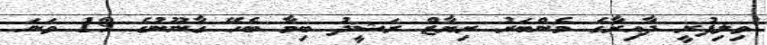
ވިލިފުށީ ދާއިރާގެ މެންބަރު ރިޔާޒް ރަޝީދު ބިމާ ބެހޭ ގާނޫނުގެ 19 ވަނަ